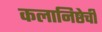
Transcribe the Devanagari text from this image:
कलानिष्ठेची